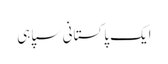
ایک پاکستانی سپاہی